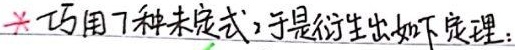
巧用7种未定式，于是衍生出如下定理：